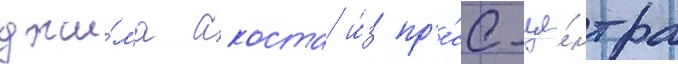
джи́ма акоста и́з пр'е́сс-це́нтра